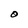
Character: O